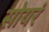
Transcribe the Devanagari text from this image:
सोयरं